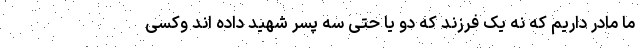
ما مادر داریم که نه یک فرزند که دو یا حتی سه پسر شهید داده اند وکسی